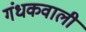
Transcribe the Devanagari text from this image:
गंधकवाली